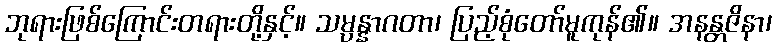
ဘုရားဖြစ်ကြောင်းတရားတို့နှင့်။ သမ္ပန္နာဂတာ၊ ပြည့်စုံတော်မူကုန်၏။ အနန္တဇိနာ၊